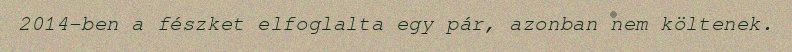
2014-ben a fészket elfoglalta egy pár, azonban nem költenek.